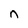
Character: n